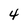
Character: 4